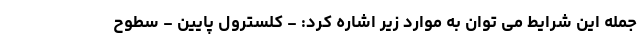
جمله این شرایط می توان به موارد زیر اشاره کرد: - کلسترول پایین - سطوح